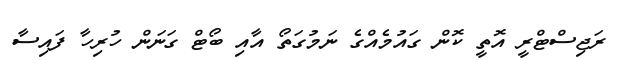
ރަޖިސްޓްރީ އޮތީ ކޮން ގައުމެއްގެ ނަމުގަތޯ އާއި ބޯޓް ގަނަން ހުރިހާ ފައިސާ